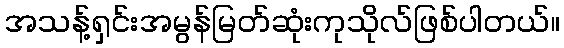
အသန့်ရှင်းအမွန်မြတ်ဆုံးကုသိုလ်ဖြစ်ပါတယ်။